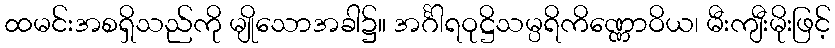
ထမင်းအစရှိသည်ကို မျိုသောအခါ၌။ အင်္ဂါရဝုဋ္ဌိသမ္ပရိကိဏ္ဏောဝိယ၊ မီးကျီးမိုးဖြင့်